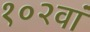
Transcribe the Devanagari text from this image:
१०२वां